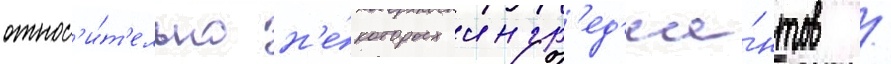
относ'и́т'ельно н'е́которых ингр'ед'ие́нтов /